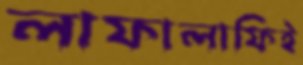
লাফালাফিই